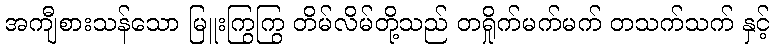
အကျီစားသန်သော မြူးကြွကြွ တိမ်လိမ်တို့သည် တရှိုက်မက်မက် တသက်သက် နှင့်